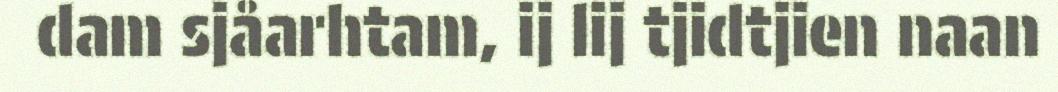
dam sjåarhtam, ij lij tjidtjien naan